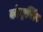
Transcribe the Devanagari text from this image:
कोण्ट्राक्टिंग